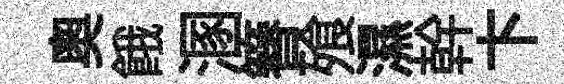
奧餓溷簮飱濕幹卞